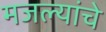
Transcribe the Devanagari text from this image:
मजल्यांचे